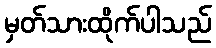
မှတ်သားထိုက်ပါသည်